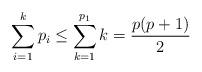
LaTeX: \begin{align*}\sum_{i = 1}^{k} p_i \leq \sum_{k = 1}^{p_1} k = \frac{p(p+1)}{2} \end{align*}